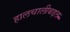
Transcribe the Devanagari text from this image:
हालचालीबद्दल